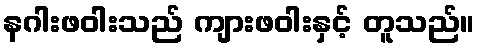
နဂါးဖဝါးသည် ကျားဖဝါးနှင့် တူသည်။